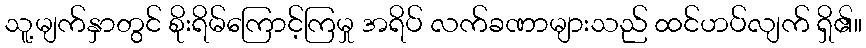
သူ့မျက်နှာတွင် စိုးရိမ်ကြောင့်ကြမှု အရိပ် လက်ခဏာများသည် ထင်ဟပ်လျက် ရှိ၏။